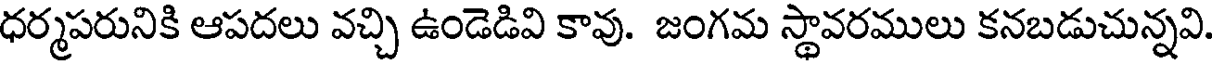
ధర్మపరునికి ఆపదలు వచ్చి ఉండెడివి కావు. జంగమ స్థావరములు కనబడుచున్నవి.